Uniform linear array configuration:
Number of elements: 8
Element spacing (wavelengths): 1
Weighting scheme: uniform
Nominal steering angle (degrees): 30
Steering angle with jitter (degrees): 30.549
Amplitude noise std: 0.05
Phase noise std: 0.05

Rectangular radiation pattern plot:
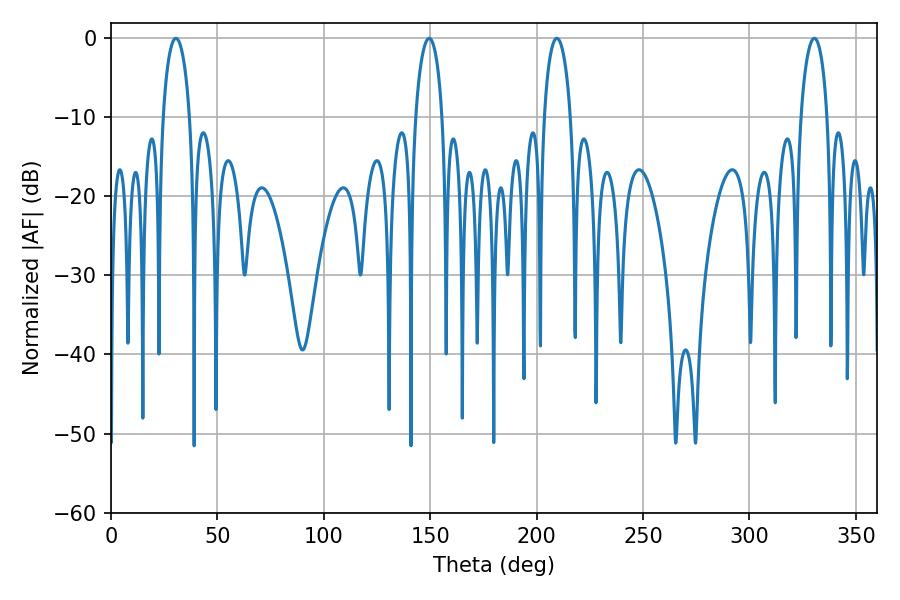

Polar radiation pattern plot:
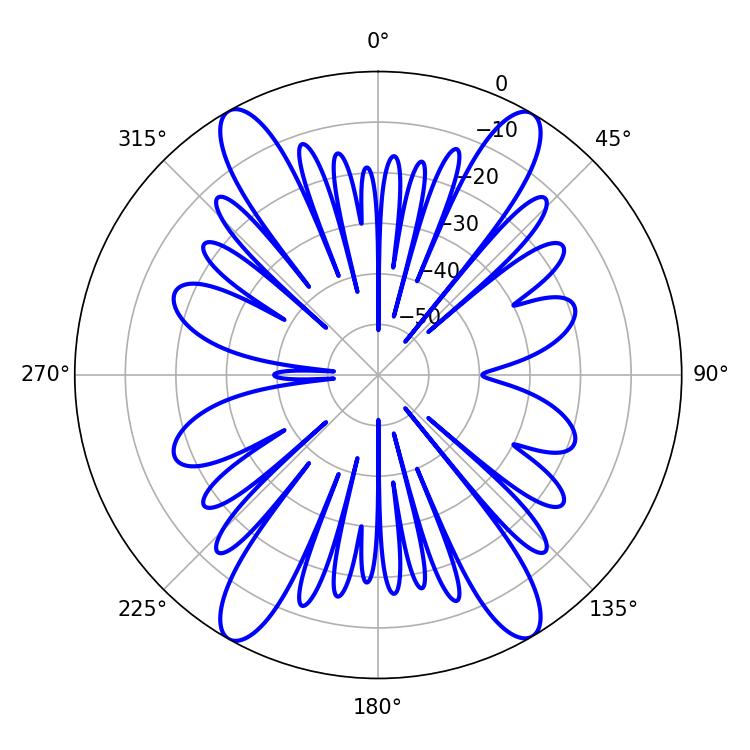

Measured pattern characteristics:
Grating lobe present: TRUE
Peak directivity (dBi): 25.452
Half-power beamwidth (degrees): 7.02
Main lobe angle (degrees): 209.52